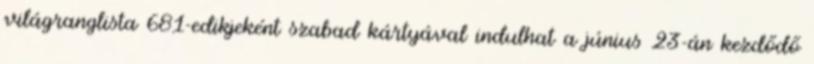
világranglista 681-edikjeként szabad kártyával indulhat a június 23-án kezdődő